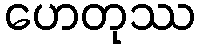
ဟေတုဿ